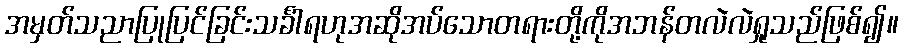
အမှတ်သညာပြုပြင်ခြင်းသင်္ခါရဟုအဆိုအပ်သောတရားတို့ကိုအဘန်တလဲလဲရှုသည်ဖြစ်၍။